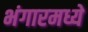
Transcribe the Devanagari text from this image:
भंगारमध्ये